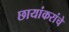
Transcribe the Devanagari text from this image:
छायांकरांचे